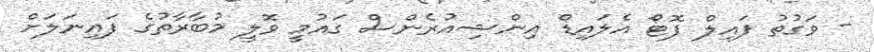
- ވަގުތު ފައިލް ފޮޓޯ އެލައިޑް އިންޝިއުރެންސް ގައުމީ ވޮލީ މުބާރާތުގެ ފައިނަލަށް